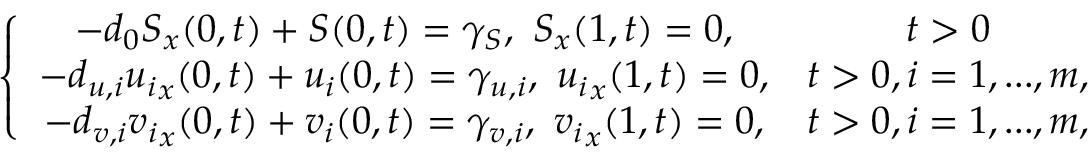
\left\{ \begin{array} { c c } { - d _ { 0 } S _ { x } ( 0 , t ) + S ( 0 , t ) = \gamma _ { S } , \, \, S _ { x } ( 1 , t ) = 0 , } & { t > 0 } \\ { - d _ { u , i } { u _ { i } } _ { x } ( 0 , t ) + u _ { i } ( 0 , t ) = \gamma _ { u , i } , \, \, { u _ { i } } _ { x } ( 1 , t ) = 0 , } & { t > 0 , i = 1 , . . . , m , } \\ { - d _ { v , i } { v _ { i } } _ { x } ( 0 , t ) + v _ { i } ( 0 , t ) = \gamma _ { v , i } , \, \, { v _ { i } } _ { x } ( 1 , t ) = 0 , } & { t > 0 , i = 1 , . . . , m , } \end{array} \right.